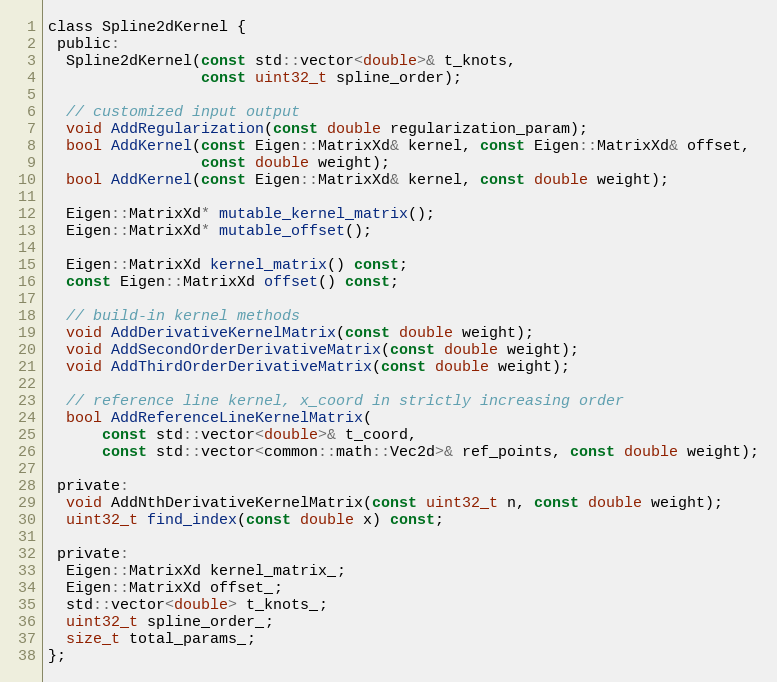
Language: C
class Spline2dKernel {
 public:
  Spline2dKernel(const std::vector<double>& t_knots,
                 const uint32_t spline_order);

  // customized input output
  void AddRegularization(const double regularization_param);
  bool AddKernel(const Eigen::MatrixXd& kernel, const Eigen::MatrixXd& offset,
                 const double weight);
  bool AddKernel(const Eigen::MatrixXd& kernel, const double weight);

  Eigen::MatrixXd* mutable_kernel_matrix();
  Eigen::MatrixXd* mutable_offset();

  Eigen::MatrixXd kernel_matrix() const;
  const Eigen::MatrixXd offset() const;

  // build-in kernel methods
  void AddDerivativeKernelMatrix(const double weight);
  void AddSecondOrderDerivativeMatrix(const double weight);
  void AddThirdOrderDerivativeMatrix(const double weight);

  // reference line kernel, x_coord in strictly increasing order
  bool AddReferenceLineKernelMatrix(
      const std::vector<double>& t_coord,
      const std::vector<common::math::Vec2d>& ref_points, const double weight);

 private:
  void AddNthDerivativeKernelMatrix(const uint32_t n, const double weight);
  uint32_t find_index(const double x) const;

 private:
  Eigen::MatrixXd kernel_matrix_;
  Eigen::MatrixXd offset_;
  std::vector<double> t_knots_;
  uint32_t spline_order_;
  size_t total_params_;
};